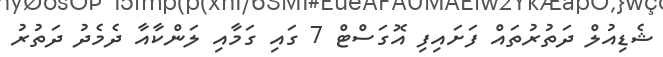
ޝެޑިއުލް ދަތުރުތައް ފަށައިފި އޮގަސްޓް 7 ގައި ގަމާއި ލަންކާއާ ދެމެދު ދަތުރު